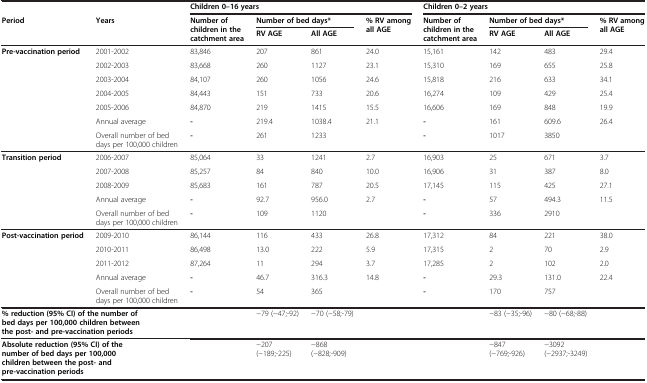
<table><thead><tr><td></td><td></td><td colspan="4"><b>Children 0–16 years</b></td><td colspan="4"><b>Children 0–2 years</b></td></tr><tr><td rowspan="2"><b>Period</b></td><td rowspan="2"><b>Years</b></td><td rowspan="2"><b>Number of children in the catchment area</b></td><td colspan="2"><b>Number of bed days*</b></td><td rowspan="2"><b>% RV among all AGE</b></td><td rowspan="2"><b>Number of children in the catchment area</b></td><td colspan="2"><b>Number of bed days*</b></td><td rowspan="2"><b>% RV among all AGE</b></td></tr><tr><td><b>RV AGE</b></td><td><b>All AGE</b></td><td><b>RV AGE</b></td><td><b>All AGE</b></td></tr></thead><tbody><tr><td rowspan="5"><b>Pre-vaccination period</b></td><td>2001-2002</td><td>83,846</td><td>207</td><td>861</td><td>24.0</td><td>15,161</td><td>142</td><td>483</td><td>29.4</td></tr><tr><td>2002-2003</td><td>83,668</td><td>260</td><td>1127</td><td>23.1</td><td>15,310</td><td>169</td><td>655</td><td>25.8</td></tr><tr><td>2003-2004</td><td>84,107</td><td>260</td><td>1056</td><td>24.6</td><td>15,818</td><td>216</td><td>633</td><td>34.1</td></tr><tr><td>2004-2005</td><td>84,443</td><td>151</td><td>733</td><td>20.6</td><td>16,274</td><td>109</td><td>429</td><td>25.4</td></tr><tr><td>2005-2006</td><td>84,870</td><td>219</td><td>1415</td><td>15.5</td><td>16,606</td><td>169</td><td>848</td><td>19.9</td></tr><tr><td></td><td>Annual average</td><td><b>-</b></td><td>219.4</td><td>1038.4</td><td>21.1</td><td><b>-</b></td><td>161</td><td>609.6</td><td>26.4</td></tr><tr><td></td><td>Overall number of bed days per 100,000 children</td><td><b>-</b></td><td>261</td><td>1233</td><td></td><td><b>-</b></td><td>1017</td><td>3850</td><td></td></tr><tr><td rowspan="3"><b>Transition period</b></td><td>2006-2007</td><td>85,064</td><td>33</td><td>1241</td><td>2.7</td><td>16,903</td><td>25</td><td>671</td><td>3.7</td></tr><tr><td>2007-2008</td><td>85,257</td><td>84</td><td>840</td><td>10.0</td><td>16,906</td><td>31</td><td>387</td><td>8.0</td></tr><tr><td>2008-2009</td><td>85,683</td><td>161</td><td>787</td><td>20.5</td><td>17,145</td><td>115</td><td>425</td><td>27.1</td></tr><tr><td></td><td>Annual average</td><td><b>-</b></td><td>92.7</td><td>956.0</td><td>2.7</td><td><b>-</b></td><td>57</td><td>494.3</td><td>11.5</td></tr><tr><td></td><td>Overall number of bed days per 100,000 children</td><td><b>-</b></td><td>109</td><td>1120</td><td></td><td><b>-</b></td><td>336</td><td>2910</td><td></td></tr><tr><td rowspan="3"><b>Post-vaccination period</b></td><td>2009-2010</td><td>86,144</td><td>116</td><td>433</td><td>26.8</td><td>17,312</td><td>84</td><td>221</td><td>38.0</td></tr><tr><td>2010-2011</td><td>86,498</td><td>13.0</td><td>222</td><td>5.9</td><td>17,315</td><td>2</td><td>70</td><td>2.9</td></tr><tr><td>2011-2012</td><td>87,264</td><td>11</td><td>294</td><td>3.7</td><td>17,285</td><td>2</td><td>102</td><td>2.0</td></tr><tr><td></td><td>Annual average</td><td><b>-</b></td><td>46.7</td><td>316.3</td><td>14.8</td><td><b>-</b></td><td>29.3</td><td>131.0</td><td>22.4</td></tr><tr><td></td><td>Overall number of bed days per 100,000 children</td><td><b>-</b></td><td>54</td><td>365</td><td></td><td><b>-</b></td><td>170</td><td>757</td><td></td></tr><tr><td colspan="2"><b>% reduction (95% CI) of the number of bed days per 100,000 children between the post- and pre-vaccination periods</b></td><td></td><td>−79 (−47;-92)</td><td>−70 (−58;-79)</td><td></td><td></td><td>−83 (−35;-96)</td><td>−80 (−68;-88)</td><td></td></tr><tr><td colspan="2"><b>Absolute reduction (95% CI) of the number of bed days per 100,000 children between the post- and pre-vaccination periods</b></td><td></td><td>−207 (−189;-225)</td><td>−868 (−828;-909)</td><td></td><td></td><td>−847 (−769;-926)</td><td>−3092 (−2937;-3249)</td><td></td></tr></tbody></table>